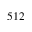
5 1 2